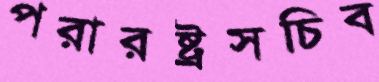
পরারষ্ট্রসচিব